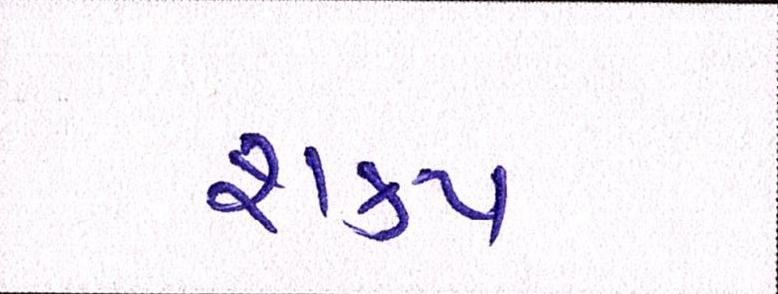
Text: શક્ય